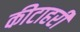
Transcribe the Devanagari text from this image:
कीटाहरी